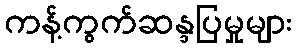
ကန့်ကွက်ဆန္ဒပြမှုများ